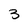
Character: 3